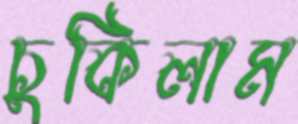
চুকিলাম